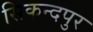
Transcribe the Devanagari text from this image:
सिकन्दपुर